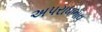
અપરાધભાવ